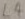
Text: L4